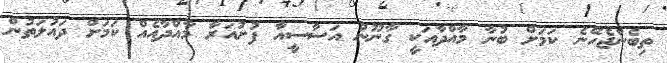
ތިބެންޖެހޭނެ ކަމަށް ބުނާ މާއްދާއަކީ ގާނޫނު އަސާސީއާ ފުށުއަރާ މާއްދާއެއް ކަމަށް ދައުލަތުން